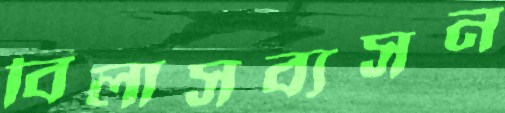
বিলাসব্যসন